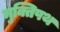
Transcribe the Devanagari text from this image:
मुक्तिपथ